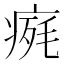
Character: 𤷋